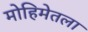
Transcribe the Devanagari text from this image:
मोहिमेतला